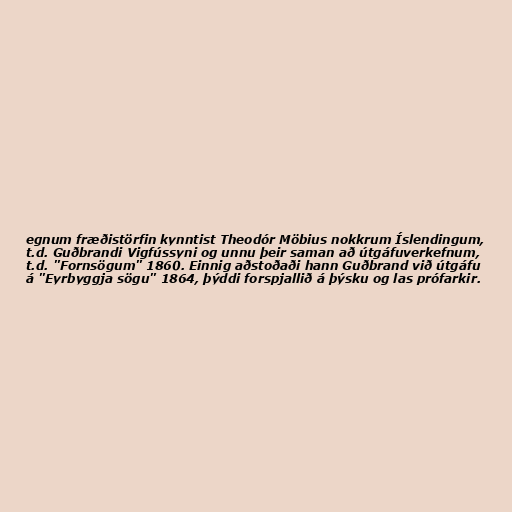
egnum fræðistörfin kynntist Theodór Möbius nokkrum Íslendingum,
t.d. Guðbrandi Vigfússyni og unnu þeir saman að útgáfuverkefnum,
t.d. "Fornsögum" 1860. Einnig aðstoðaði hann Guðbrand við útgáfu
á "Eyrbyggja sögu" 1864, þýddi forspjallið á þýsku og las prófarkir.